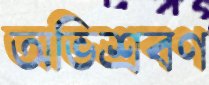
অভিশ্রবণ